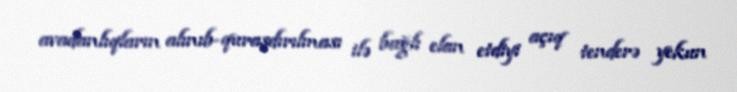
avadanlıqların alınıb-quraşdırılması ilə bağlı elan etdiyi açıq tenderə yekun